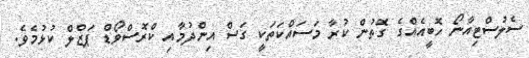
ސެލުސްޓިއާނޯ ހޮބީއެއްގެ ގޮތުން ކުރާ މަސައްކަތަކީ ގަސް އިންދުމާއި ކްރޮސްވޯޑް ޕަޒްލް ކުޅުމެވެ.